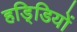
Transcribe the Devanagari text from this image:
हडि्डियों